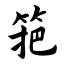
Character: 筢